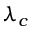
\lambda _ { c }